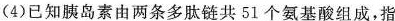
(4)已知胰岛素由两条多肽链共51个氨基酸组成，指